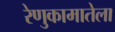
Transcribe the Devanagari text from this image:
रेणुकामातेला